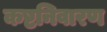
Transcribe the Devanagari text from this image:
कष्टनिवारण